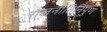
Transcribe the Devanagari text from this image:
राजनीतिनिपुण